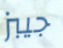
جيبز